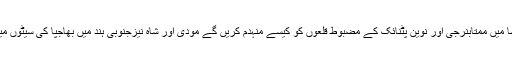
مغربی بنگال اور اڈیشا میں ممتابنرجی اور نوین پٹنائک کے مضبوط قلعوں کو کیسے منہدم کریں گے مودی اور شاہ نیزجنوبی ہند میں بھاجپا کی سیٹوں میں کیسے اضافہ ہوگا؟